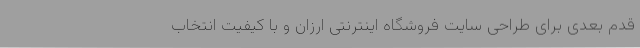
قدم بعدی برای طراحی سایت فروشگاه اینترنتی ارزان و با کیفیت انتخاب